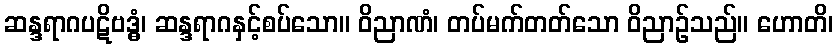
ဆန္ဒရာဂပဋိဗဒ္ဓံ၊ ဆန္ဒရာဂနှင့်စပ်သော။ ဝိညာဏံ၊ တပ်မက်တတ်သော ဝိညာဉ်သည်။ ဟောတိ၊